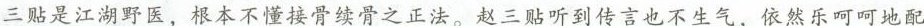
三贴是江湖野医，根本不懂接骨续骨之正法。赵三贴听到传言也不生气，依然乐呵呵地配